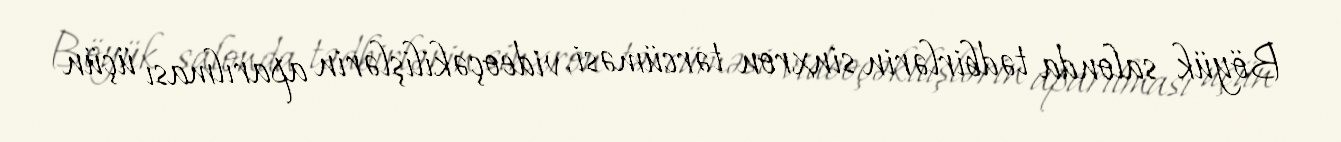
Böyük salonda tədbirlərin sinxron tərcüməsi, videoçəkilişlərin aparılması üçün